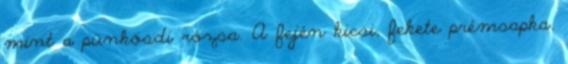
mint a pünkösdi rózsa. A fején kicsi, fekete prémsapka.